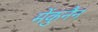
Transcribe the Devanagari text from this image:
मेंकुनैन